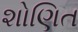
શોણિત